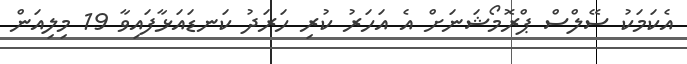
އެކަމަކު ސޭލްސް ޕްރޮމޯޝަނަށް އެ އަހަރު ކުރި ހަރަދު ކަނޑައަޅާފައިވާ 19 މިލިއަން